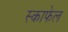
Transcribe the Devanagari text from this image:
स्काफेल